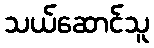
သယ်ဆောင်သူ